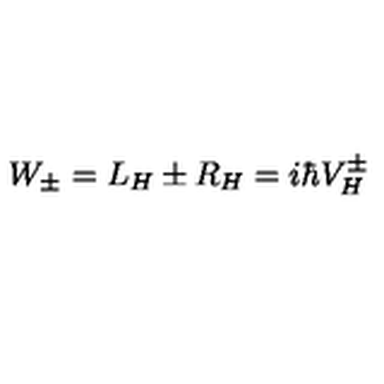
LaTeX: W _ { \pm } = L _ { H } \pm R _ { H } = i \hbar V _ { H } ^ { \pm }